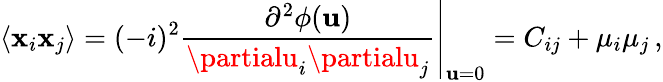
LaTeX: \langle\mathbf{x}_{i}\mathbf{x}_{j}\rangle=(-i)^{2}\left.{\frac{{\partial^{2}\phi({\mathbf{u}})}}{{\partialu_{i}\partialu_{j}}}}\right|_{{\mathbf{u}}=0}=C_{ij}+\mu_{i}\mu_{j}\, ,